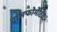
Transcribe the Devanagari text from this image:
ट्रांसफोर्मेटिव